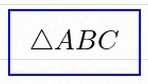
\triangle ABC